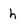
Character: h